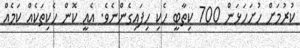
ކުރުމަށް ހުށަހަޅަން 700 ކިތާބީ ހެކި ހިފައިގެންނެވެ. އެއީ ކޮން ހެކިތަކެއް ކަމެއް